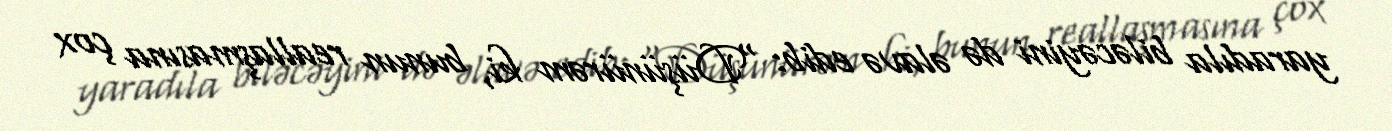
yaradıla biləcəyini də əlavə edib: “Düşünürəm ki, bunun reallaşmasına çox